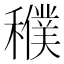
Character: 𥣜